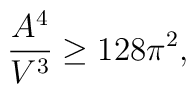
\frac{A^4}{V^{3}} \ge 128 \pi^2 ,